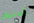
أحترام